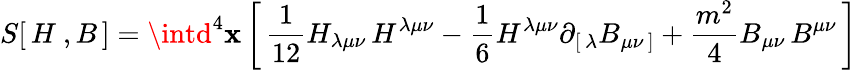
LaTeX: S[\, H\ ,B\, ]=\intd^{4}\mathbf{x}\left[\, {\frac{{1}}{{12}}}H_{\lambda\mu\nu}\, H^{\lambda\mu\nu}-{\frac{{1}}{{6}}}H^{\lambda\mu\nu}\partial_{[\, \lambda}B_{\mu\nu\, ]}+{\frac{{m^{2}}}{{4}}}B_{\mu\nu}\, B^{\mu\nu}\, \right]